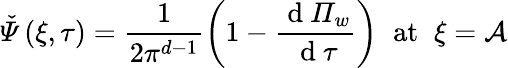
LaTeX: \mathit{\check{\Psi}}\left(\xi,\tau\right)=\frac{1}{2\pi^{d-1}}\left(1-\frac{\mathrm{~d~}\mathit{\Pi}_{w}}{\mathrm{~d~}\tau}\right)\; \; \mathrm{at}\; \; \xi=\mathcal{A}